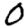
Digit: 0